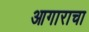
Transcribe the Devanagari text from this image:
आगाराचा